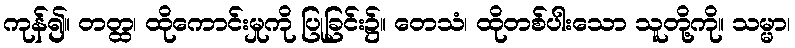
ကုန်၍။ တတ္ထ၊ ထိုကောင်းမှုကို ပြုခြင်း၌။ တေသံ၊ ထိုတစ်ပါးသော သူတို့ကို။ သမ္မာ၊